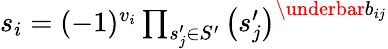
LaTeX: \begin{array}{r}{s_{i}=(-1)^{v_{i}}\prod_{s_{j}^{\prime}\in S^{\prime}}\left(s_{j}^{\prime}\right)^{\underbar b_{ij}}}\end{array}